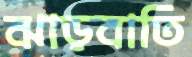
ঝাড়বাতি